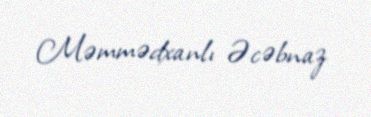
Məmmədxanlı Əcəbnaz